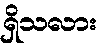
ရှိသလား